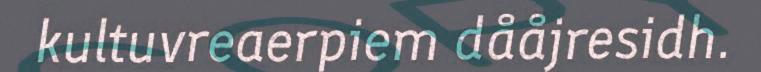
kultuvreaerpiem dååjresidh.